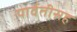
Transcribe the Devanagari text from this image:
पार्वतीसह